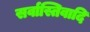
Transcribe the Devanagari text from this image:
सर्वास्तिवादि